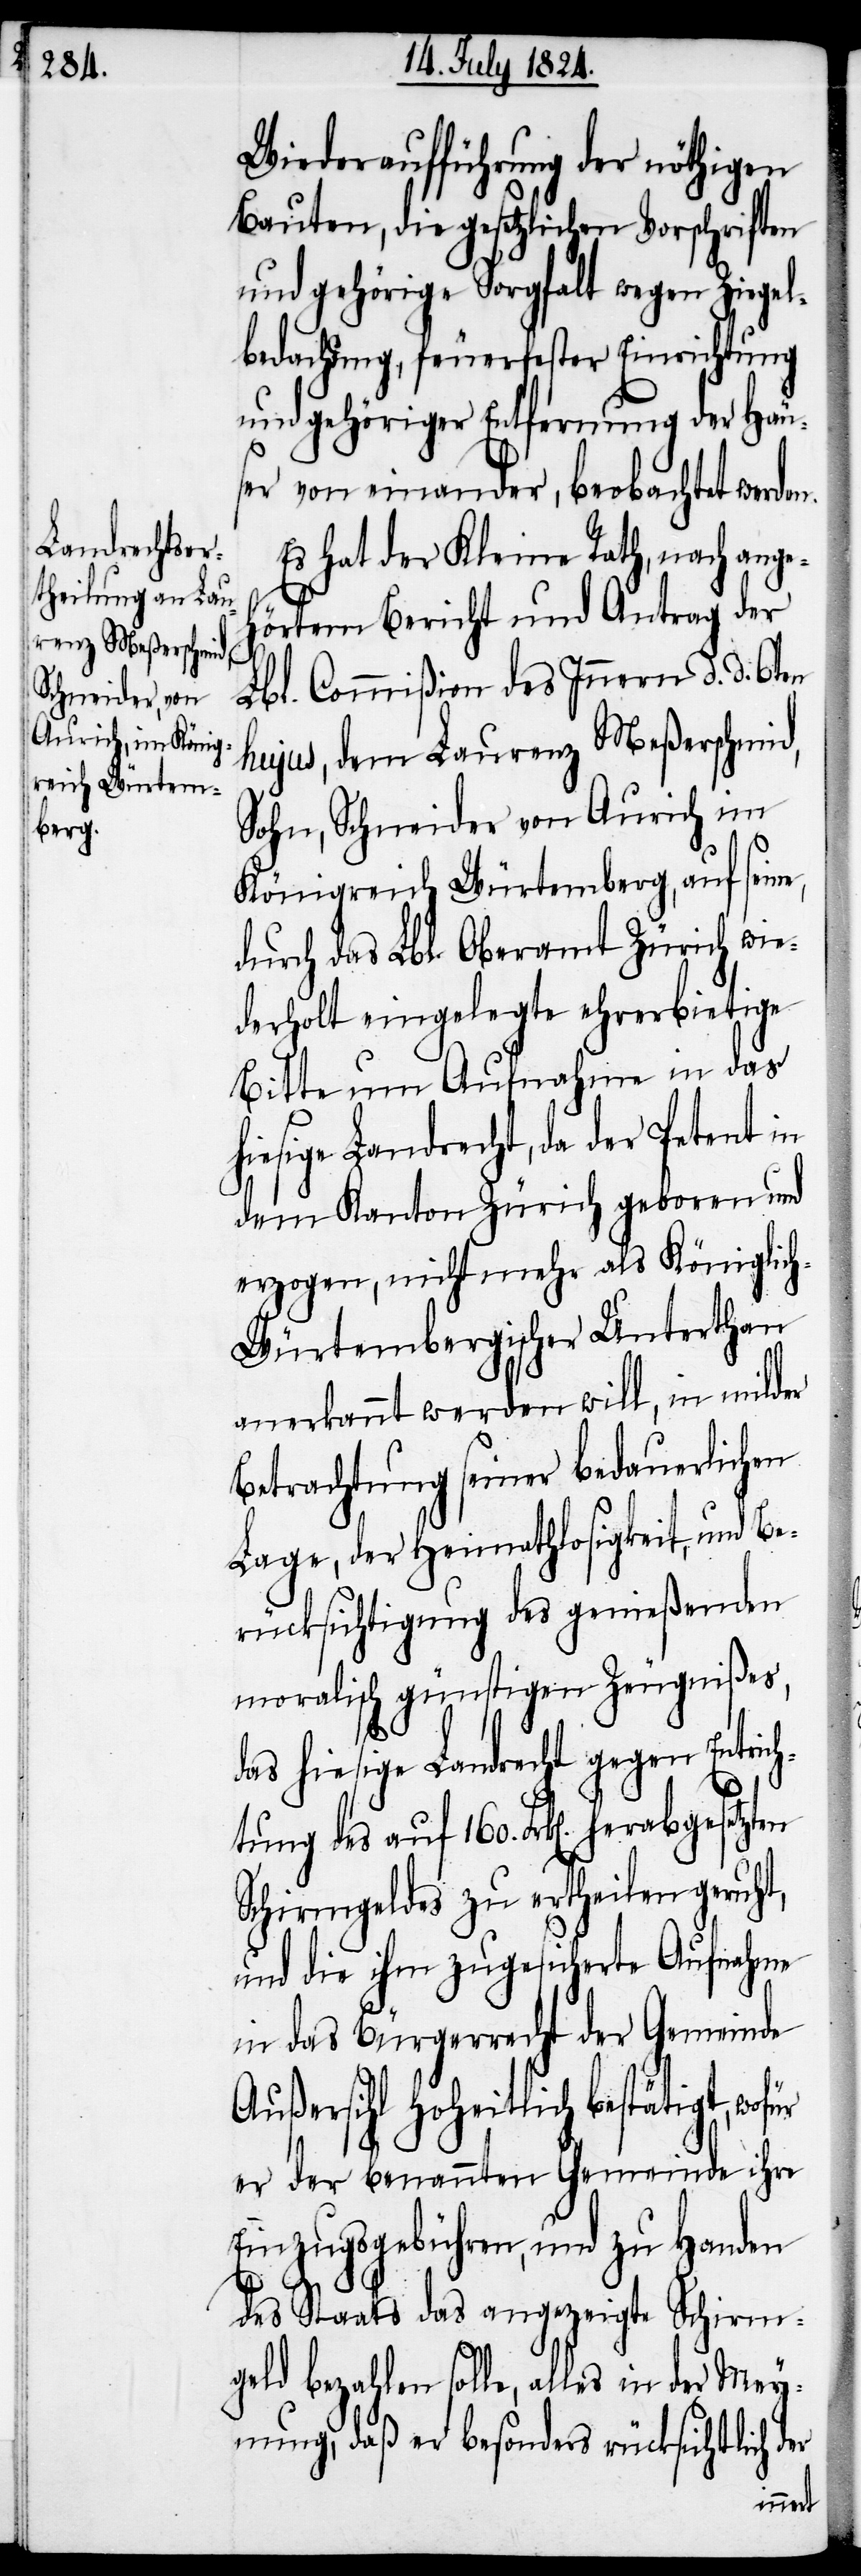
ür

Wiederaufführung der nöthigen
Bauten, die gesetzlichen Vorschriften
und gehörige Sorgfalt wegen Ziegel¬
bedachung, feuerfester Einrichtung
und gehöriger Entfernung der Häu¬
ser von einander, beobachtet werden.
Es hat der Kleine Rath, nach ange¬
hörtem Bericht und Antrag der
Lbl. Commißion des Innern d. d. 6ten
hujus, dem Laurenz Meßerschmid,
Sohn, Schneider von Aurich im
Königreich Würtemberg, auf sein¬
durch das Lbl. Oberamt Zürich wie¬
derholt eingelegte ehrerbietige
Bitte um Aufnahme in das
hiesige Landrecht, da der Petent in
dem Kanton Zürich geboren und
erzogen, nicht mehr als Königlic¬
h-Würtembergischer Unterthan
anerkannt werden will, in milder
Betrachtung seiner bedauerlichen
Lage, der Heimathlosigkeit, und Be¬
rücksichtigung des genießenden
moralisch günstigen Zeugnißes,
das hiesige Landrecht gegen Entrich¬
tung des auf 160. Frk[en]. herabgesetzten
Schirmgeldes zu ertheilen geruht,
und die ihm zugesicherte Aufnahme
in das Bürgerrecht der Gemeinde
Außersihl Hoheitlich bestätigt, wof¬
er der benannten Gemeinde ihre
Einzugsgebühren, und zu Handen
des Staats das angezeigte Schirm¬
geld bezahlen solle, alles in der Mey¬
nung, daß er besonders rücksichtlich der